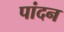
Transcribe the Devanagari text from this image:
पांदन